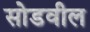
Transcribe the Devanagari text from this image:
सोडवील